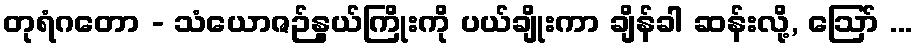
တုရံဂတော - သံယောဇဉ်နွယ်ကြိုးကို ပယ်ချိုးကာ ချိန်ခါ ဆန်းလို့, ဩော် ...